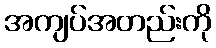
အကျပ်အတည်းကို